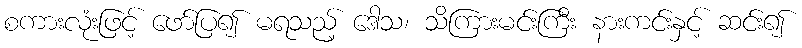
စကားလုံးဖြင့် ဖော်ပြ၍ မရသည့် ဒေါသ၊ သိကြားမင်းကြီး နားကင်းနှင့် ဆင်း၍